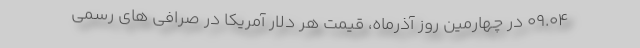
۰۹.۰۴ در چهارمین روز آذرماه، قیمت هر دلار آمریکا در صرافی های رسمی